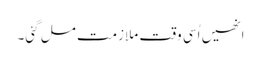
انھیں اُسی وقت ملازمت مل گئی۔